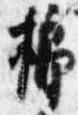
榔